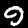
Label: 9